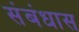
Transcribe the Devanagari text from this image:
संबंधास